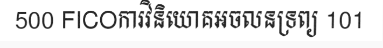
500 FICOការវិនិយោគអចលនទ្រព្យ 101